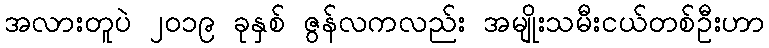
အလားတူပဲ ၂၀၁၉ ခုနှစ် ဇွန်လကလည်း အမျိုးသမီးငယ်တစ်ဦးဟာ